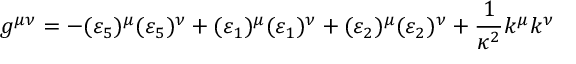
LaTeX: g ^ { \mu \nu } = - ( \varepsilon _ { 5 } ) ^ { \mu } ( \varepsilon _ { 5 } ) ^ { \nu } + ( \varepsilon _ { 1 } ) ^ { \mu } ( \varepsilon _ { 1 } ) ^ { \nu } + ( \varepsilon _ { 2 } ) ^ { \mu } ( \varepsilon _ { 2 } ) ^ { \nu } + \frac { 1 } { \kappa ^ { 2 } } k ^ { \mu } k ^ { \nu }